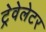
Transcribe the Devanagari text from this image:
ट्रेवेलेटर